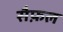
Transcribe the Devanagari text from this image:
सैफ़ल